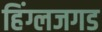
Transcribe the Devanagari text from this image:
हिंग्लजगड